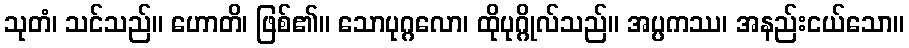
သုတံ၊ သင်သည်။ ဟောတိ၊ ဖြစ်၏။ သောပုဂ္ဂလော၊ ထိုပုဂ္ဂိုလ်သည်။ အပ္ပကဿ၊ အနည်းငယ်သော။